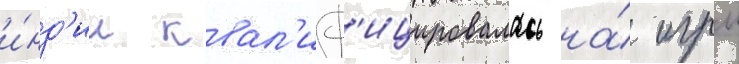
и́нд'ии квал'иф'ицировалась на́ игры